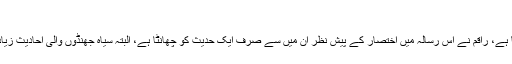
“
بعض واقعات کا ذکرکئی کئی احادیث میں آتا ہے، راقم نے اس رسالہ میں اختصار کے پیش نظر ان میں سے صرف ایک حدیث کو چھانٹا ہے، البتہ سیاہ جھنڈوں والی احادیث زیادہ سے زیادہ جمع کرنے کی کوشش کی ہے۔